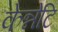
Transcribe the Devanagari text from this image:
केन्नेटि